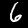
Digit: 6